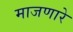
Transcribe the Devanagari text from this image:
माजणारे